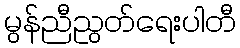
မွန်ညီညွတ်ရေးပါတီ